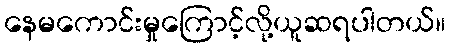
နေမကောင်းမှုကြောင့်လို့ယူဆရပါတယ်။